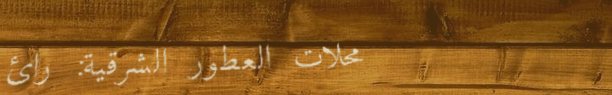
محلات العطور الشرقية: رائ